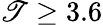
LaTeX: \mathscr{T}\geq3.6